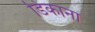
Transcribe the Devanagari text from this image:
डिकाना